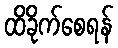
ထိခိုက်စေရန်